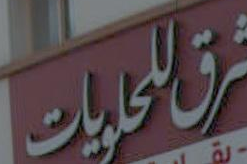
للحاويات